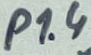
Text: P1.4